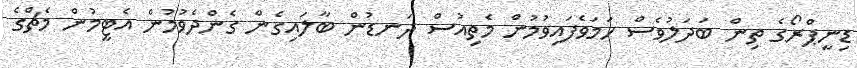
ޑިނީޕްރޯގެ ތިން ބަދަލުވެސް ހަމަވެފައިވުމުން މެތިއުސް ދަނޑުން ބާލައިގެން ގެންދެވުމުން އެޓީމުން މެޗްގެ